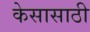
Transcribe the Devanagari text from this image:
केसासाठी